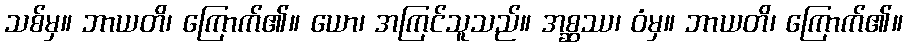
သစ်မှ။ ဘာယတိ၊ ကြောက်၏။ ယော၊ အကြင်သူသည်။ အစ္ဆဿ၊ ဝံမှ။ ဘာယတိ၊ ကြောက်၏။